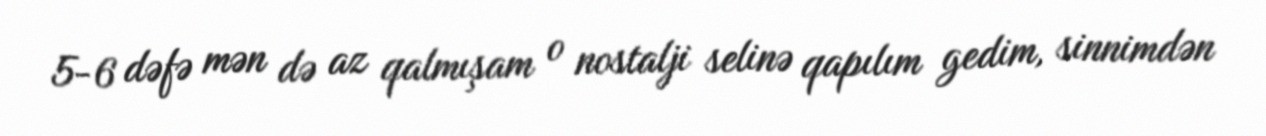
5-6 dəfə mən də az qalmışam o nostalji selinə qapılım gedim, sinnimdən